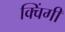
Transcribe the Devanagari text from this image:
क्विंगी